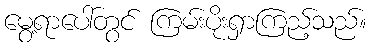
မွေ့ရာပေါ်တွင် ကြမ်းပိုးရှာကြည့်သည်။